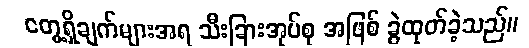
တွေ့ရှိချက်များအရ သီးခြားအုပ်စု အဖြစ် ခွဲထုတ်ခဲ့သည်။